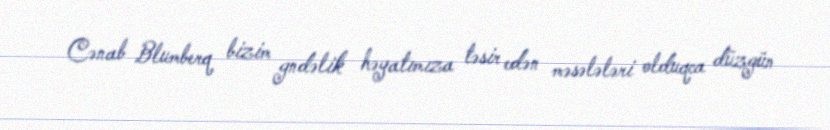
Cənab Blumberq bizim gndəlik həyatımıza təsir edən məsələləri olduqca düzgün